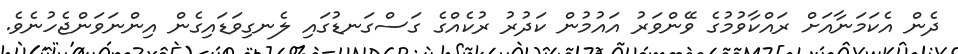
ދެން އެކަމަނާއަށް ރައްކާވުމުގެ ވޭންވަރު އައުމުން ކަދުރު ރުކެއްގެ ގަސްގަނޑުގައި ލެނގިވަޑައިގެން އިންނަވަންޖެހުނެވެ.